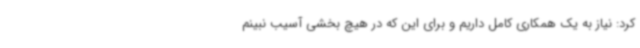
کرد: نیاز به یک همکاری کامل داریم و برای این که در هیچ بخشی آسیب نبینم